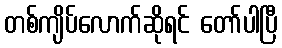
တစ်ကျိပ်လောက်ဆိုရင် တော်ပါပြီ